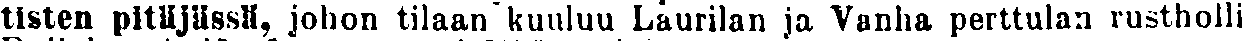
tisten pitäjässä, johon tilaan kuuluu Laurilan ja Vanha perttulan rustholli